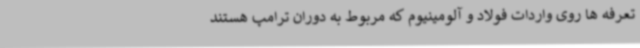
تعرفه ها روی واردات فولاد و آلومینیوم که مربوط به دوران ترامپ هستند